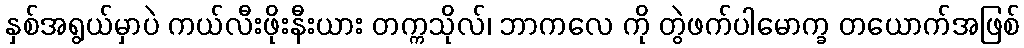
နှစ်အရွယ်မှာပဲ ကယ်လီးဖိုးနီးယား တက္ကသိုလ်၊ ဘာကလေ ကို တွဲဖက်ပါမောက္ခ တယောက်အဖြစ်